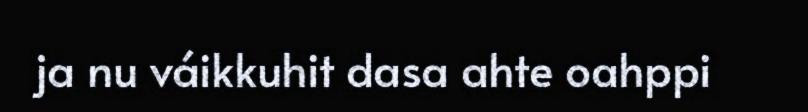
ja nu váikkuhit dasa ahte oahppi